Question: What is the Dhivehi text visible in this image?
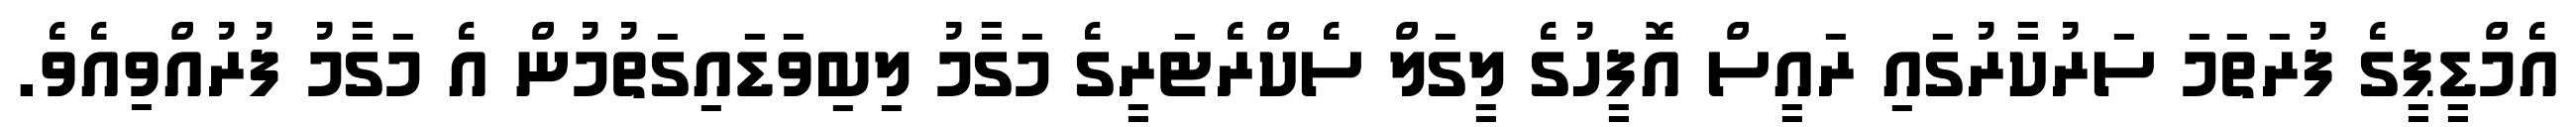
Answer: އެމްޑީޕީގެ ފުރަތަމަ ސަރުކާރުގައި ރައީސް އޮފީހުގެ ލީގަލް ސެކްރެޓަރީގެ މަގާމު ލިބިވަޑައިގަތުމުން އެ މަގާމު ފުރުއްވިއެވެ.